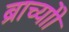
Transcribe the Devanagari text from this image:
ब्राच्योो